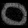
Digit: ၀